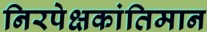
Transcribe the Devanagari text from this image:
निरपेक्षकांतिमान